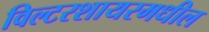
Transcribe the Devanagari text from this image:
विल्टरशायरमधील